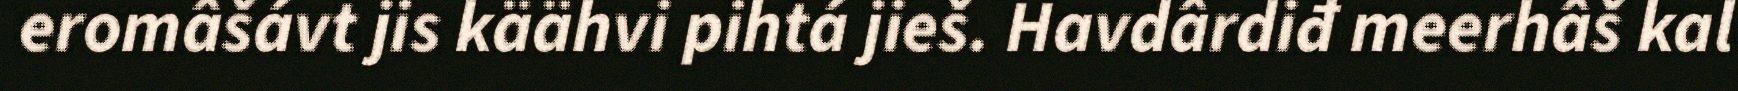
eromâšávt jis käähvi pihtá jieš. Havdârdiđ meerhâš kal